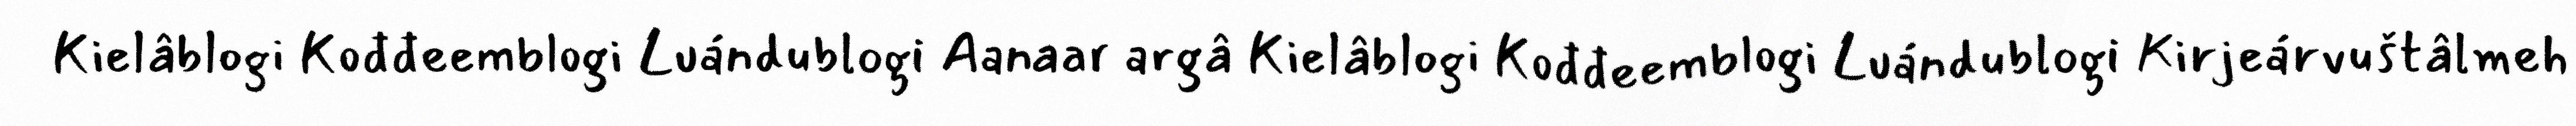
Kielâblogi Kođđeemblogi Luándublogi Aanaar argâ Kielâblogi Kođđeemblogi Luándublogi Kirjeárvuštâlmeh